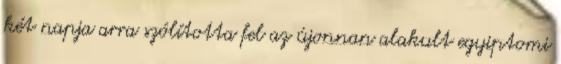
két napja arra szólította fel az újonnan alakult egyiptomi